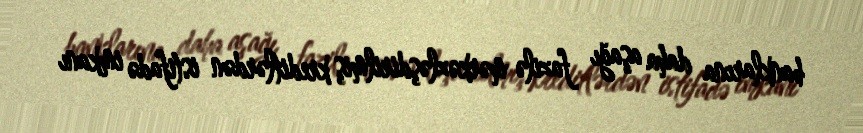
banklarına daha aşağı fazilə mərkəzləşdirilmiş kreditlərdən istifadə imkanı